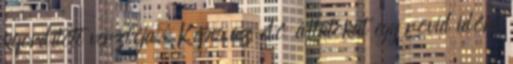
kifordított verziója. Képes az élő állatokat egy rövid időre